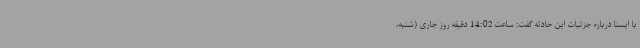
با ایسنا درباره جزئیات این حادثه گفت: ساعت 14:02 دقیقه روز جاری (شنبه،